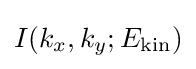
I(k_{x},k_{y};E_{\mathrm {kin} })